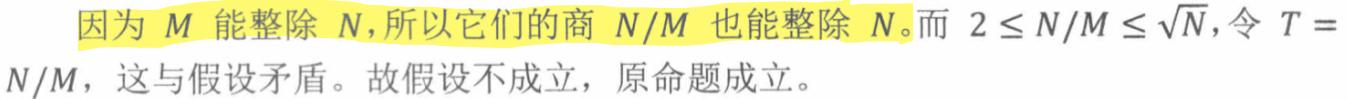
因为 $M$ 能整除 $N$，所以它们的商 $N/M$ 也能整除 $N$。而 $2 \leq N/M \leq \sqrt{N}$，令 $T = N/M$，这与假设矛盾。故假设不成立，原命题成立。